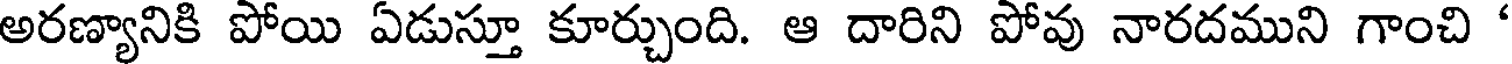
అరణ్యానికి పోయి ఏడుస్తూ కూర్చుంది. ఆ దారిని పోవు నారదముని గాంచి